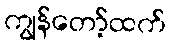
ကျွန်တော့်ထက်